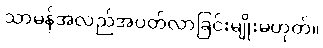
သာမန်အလည်အပတ်လာခြင်းမျိုးမဟုတ်။